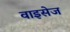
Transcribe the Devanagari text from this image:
वाइसेज